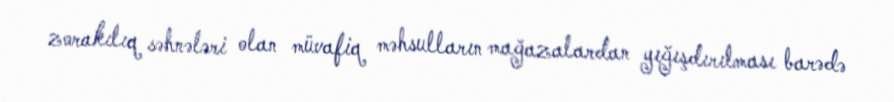
zorakılıq səhnələri olan müvafiq məhsulların mağazalardan yığışdırılması barədə